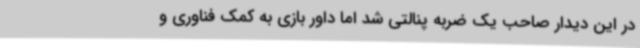
در این دیدار صاحب یک ضربه پنالتی شد اما داور بازی به کمک فناوری و